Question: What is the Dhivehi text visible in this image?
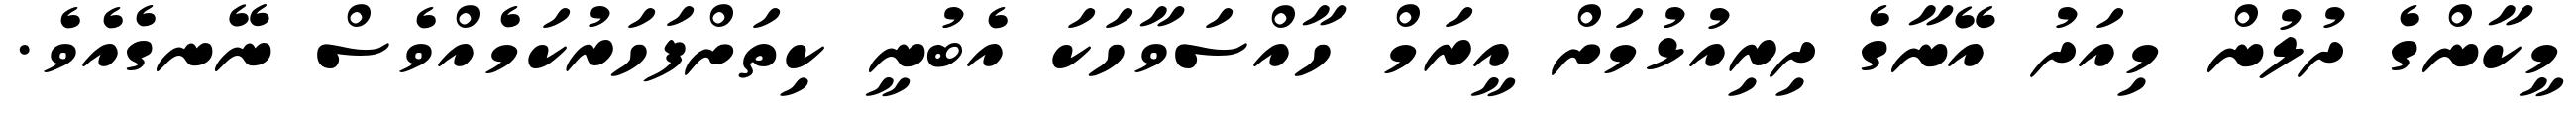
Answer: މީކާންގެ ދުލުން މިއަދު އޭނާގެ ދިރިއުޅުމަށް އީރަމް ހާއްސަވާހަކަ އެބުނީ ކިތަށްފަހަރުކަމެއްވެސް ނޭނގެއެވެ.